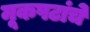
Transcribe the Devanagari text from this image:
मूकपटांचे